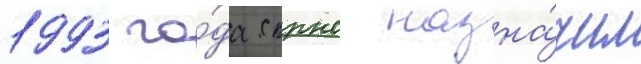
1993 го́да скрнс назна́чил